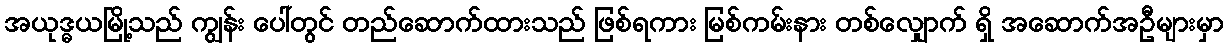
အယုဒ္ဓယမြို့သည် ကျွန်း ပေါ်တွင် တည်ဆောက်ထားသည် ဖြစ်ရကား မြစ်ကမ်းနား တစ်လျှောက် ရှိ အဆောက်အဦများမှာ